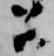
召